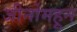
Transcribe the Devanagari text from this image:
जीनोमहून